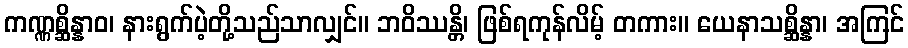
ကဏ္ဏစ္ဆိန္နာဝ၊ နားရွက်ပဲ့တို့သည်သာလျှင်။ ဘဝိဿန္တိ၊ ဖြစ်ရကုန်လိမ့် တကား။ ယေနာသစ္ဆိန္နာ၊ အကြင်